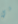
ني